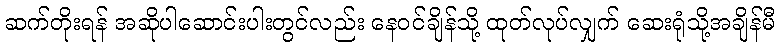
ဆက်တိုးရန် အဆိုပါဆောင်းပါးတွင်လည်း နေဝင်ချိန်သို့ ထုတ်လုပ်လျှက် ဆေးရုံသို့အချိန်မီ